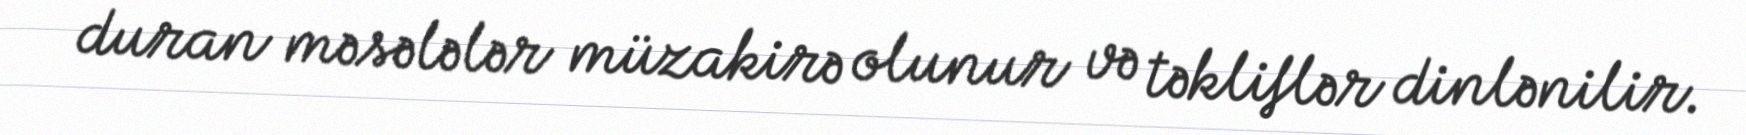
duran məsələlər müzakirə olunur və təkliflər dinlənilir.